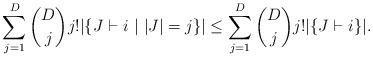
LaTeX: \begin{align*} \sum_{j=1}^D\binom{D}{j}j!|\{J\vdash i~|~|J|=j\}|\le \sum_{j=1}^D \binom{D}{j}j!|\{J\vdash i\}|. \end{align*}